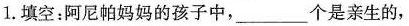
1.填空：阿尼帕妈妈的孩子中，___个是亲生的，